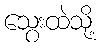
သွေးထဲသို့